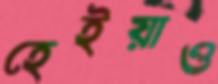
হেইয়াও